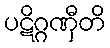
ပဋိဂ္ဂဏှီတိ